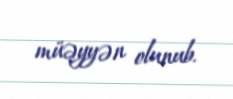
müəyyən olunub.